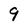
Character: 9